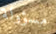
مسؤولة